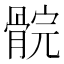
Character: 䯘